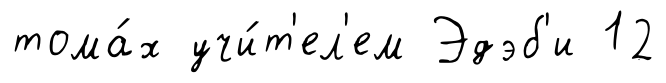
тома́х учи́т'ел'ем Эдэб'и 12